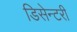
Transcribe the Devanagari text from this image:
डिसेन्टरी